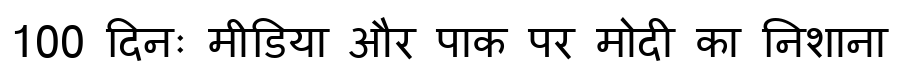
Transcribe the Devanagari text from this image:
100 दिनः मीडिया और पाक पर मोदी का निशाना